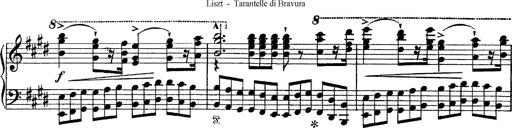
Title: Tarantelle di bravura dâ€™aprÃ¨s la tarantelle de La muette de Portici
Composer: Franz Liszt